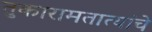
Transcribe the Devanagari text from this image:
तुकारामतात्यांचे